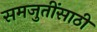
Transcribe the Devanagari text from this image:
समजुतींसाठी